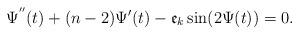
LaTeX: \begin{align*}\Psi^{''}(t)+(n-2)\Psi'(t)-\mathfrak{e}_k\sin(2\Psi(t))=0.\end{align*}